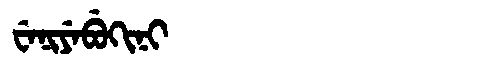
Manchu: ᠸᡝᠨᡳᠶᡝᠪᡠᡴᡳᠨᡳ
Romanization: WENIYEBUKINI